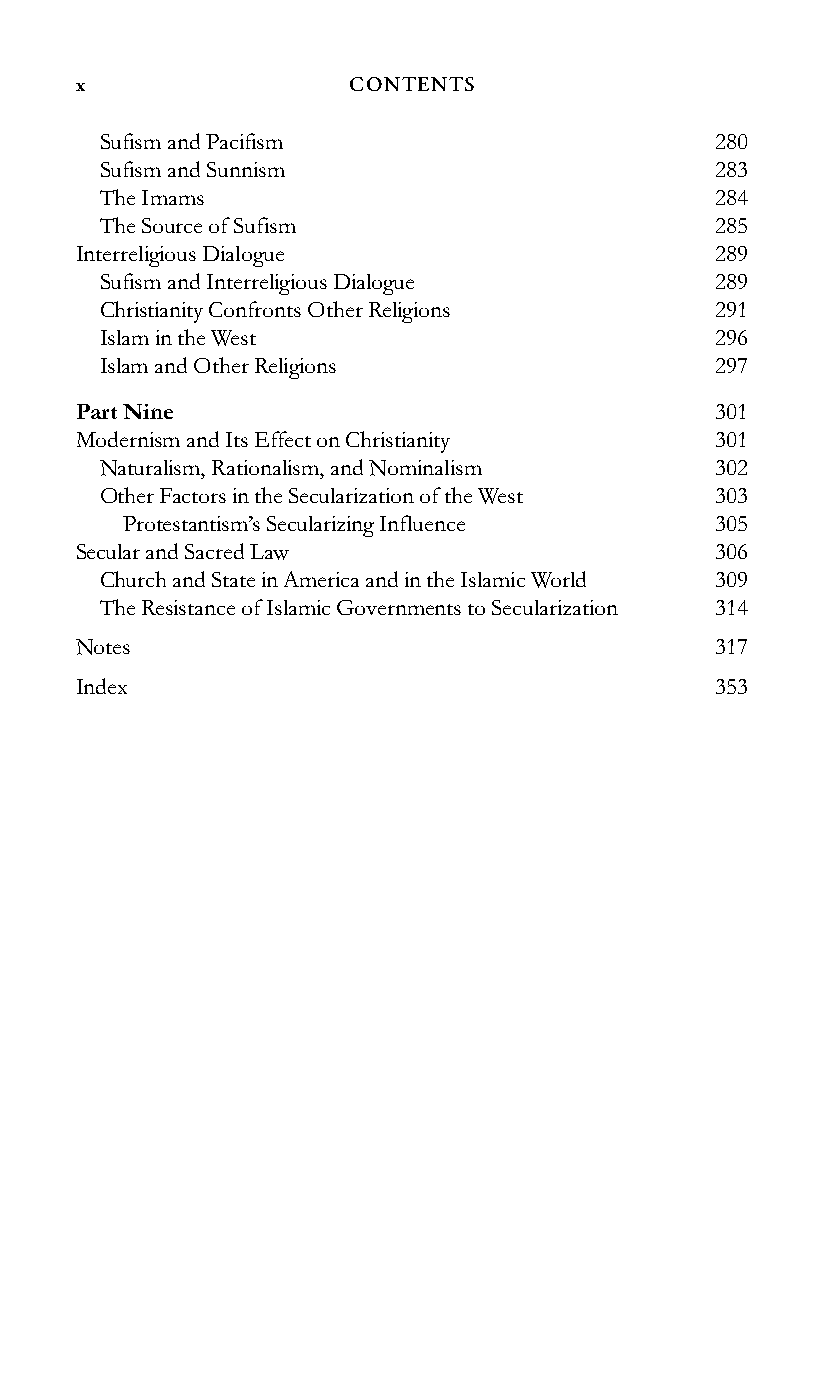
x                 CONTENTS
 SufismandPacifism                        280
 SufismandSunnism                         283
 TheImams                                 284
 TheSourceofSufism                        285
 InterreligiousDialogue                    289
 SufismandInterreligiousDialogue          289
 ChristianityConfrontsOtherReligions      291
 IslamintheWest                           296
 IslamandOtherReligions                   297
 PartNine                                  301
 ModernismandItsEffectonChristianity       301
 Naturalism,Rationalism,andNominalism     302
 OtherFactorsintheSecularizationoftheWest 303
 Protestantism’sSecularizingInfluence   305
 SecularandSacredLaw                       306
 ChurchandStateinAmericaandintheIslamicWorld 309
 TheResistanceofIslamicGovernmentstoSecularization 314
 Notes                                     317
 Index                                     353